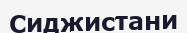
Сиджистани